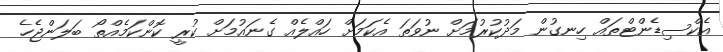
އެކްސިޑެންޓްތައް ހިނގުން މަދުކުރުމަށް ނުވަތަ އެކަމަށް ހައްލެއް ގެނައުމަށް ކުރީ ކޮންކަމެއްތޯ ބަލަންޖެހެ